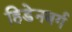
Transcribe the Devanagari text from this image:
हिडेनबर्ग